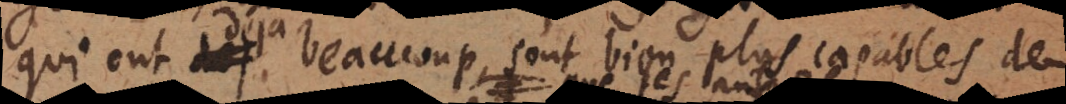
qui ont déjà beaucoup, sont bien plus capables de